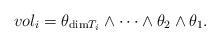
LaTeX: \begin{align*} vol_i = \theta_{\mathrm{dim} T_i} \wedge \cdots \wedge \theta_2 \wedge \theta_1.\end{align*}